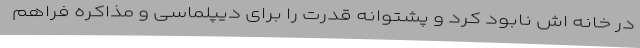
در خانه اش نابود کرد و پشتوانه قدرت را برای دیپلماسی و مذاکره فراهم